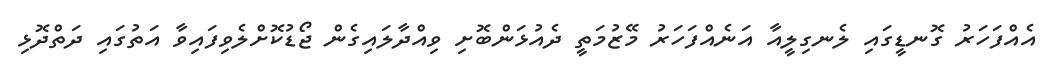
އެއްފަހަރު ގޮނޑީގައި ލެނގިލީއާ އަނެއްފަހަރު މޭޒުމަތީ ދެއުޅަންބޮށި ވިއްދާލައިގެން ޖޯޑުކޮށްލެވިފައިވާ އަތުގައި ދަތްދޮޅި